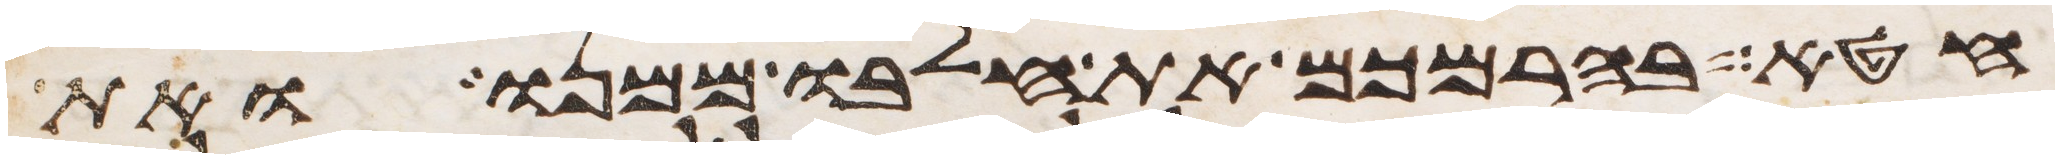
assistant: חטא בהרמכם את חלבו ממנו ואת